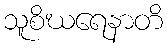
သူစိဃရေနာတိ